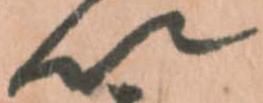
以